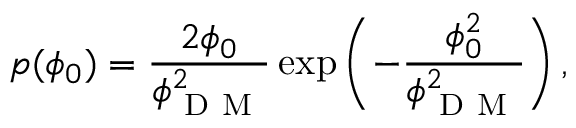
p ( \phi _ { 0 } ) = \frac { 2 \phi _ { 0 } } { \phi _ { \mathrm { ~ D ~ M ~ } } ^ { 2 } } \exp { \left( - \frac { \phi _ { 0 } ^ { 2 } } { \phi _ { \mathrm { ~ D ~ M ~ } } ^ { 2 } } \right) } \, ,